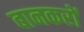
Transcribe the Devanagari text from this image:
बानकरों